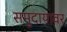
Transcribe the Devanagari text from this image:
समुदायावर